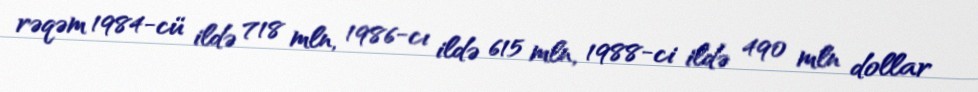
rəqəm 1984-cü ildə 718 mln, 1986-cı ildə 615 mln, 1988-ci ildə 490 mln dollar